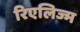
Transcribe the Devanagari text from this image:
रिएलिज्म